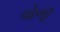
ચોળી